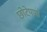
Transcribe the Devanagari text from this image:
छोटेपणा